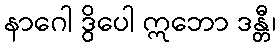
နာဂေါ ဒွိပေါ ဣဘော ဒန္တီ၊